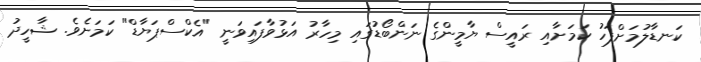
ކަނޑާލުމަށްފަހު ކަމަށާއި ރައީސް ޔާމީންގެ ނަންބޯޑުގައި މިހާރު އަޅުވާފައިވަނީ "އެކްސްޕަޔާޑް" ކަމަށެވެ. ޝާހީދު